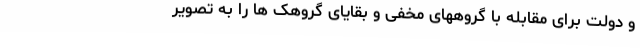
و دولت برای مقابله با گروههای مخفی و بقایای گروهک ها را به تصویر